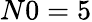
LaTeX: N0=5